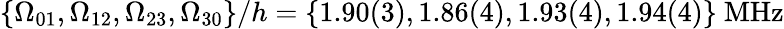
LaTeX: \{ \Omega_{01},\Omega_{12},\Omega_{23},\Omega_{30}\} /h=\{ 1.90(3),1.86(4),1.93(4),1.94(4)\} ~\mathrm{MHz}